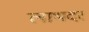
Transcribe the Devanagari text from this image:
लाभदर